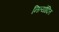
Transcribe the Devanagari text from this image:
नित्योदित